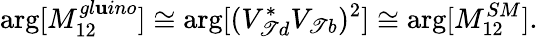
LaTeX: \arg[M_{12}^{gl\mathbf{u}ino}]\cong\arg[(V_{\mathscr{T}d}^{*}V_{\mathscr{T}b})^{2}]\cong\arg[M_{12}^{SM}].